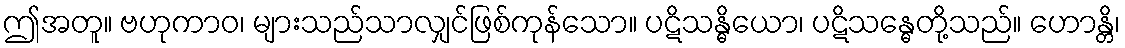
ဤအတူ။ ဗဟုကာဝ၊ များသည်သာလျှင်ဖြစ်ကုန်သော။ ပဋိသန္ဓိယော၊ ပဋိသန္ဓေတို့သည်။ ဟောန္တိ၊